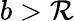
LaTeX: b>\mathcal{R}